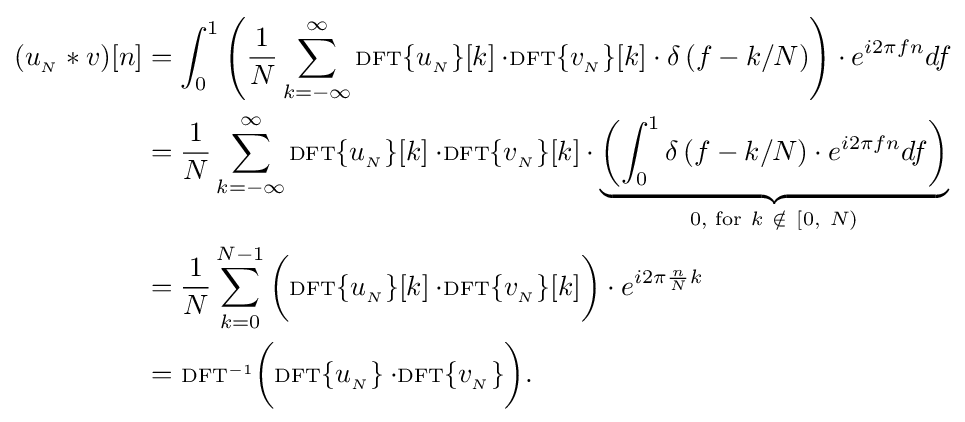
{\begin{aligned}(u_{_{N}}*v)[n]&=\int _{0}^{1}\left({\frac {1}{N}}\sum _{k=-\infty }^{\infty }\scriptstyle {\rm {DFT}}\displaystyle \{u_{_{N}}\}[k]\cdot \scriptstyle {\rm {DFT}}\displaystyle \{v_{_{N}}\}[k]\cdot \delta \left(f-k/N\right)\right)\cdot e^{i2\pi fn}df\\&={\frac {1}{N}}\sum _{k=-\infty }^{\infty }\scriptstyle {\rm {DFT}}\displaystyle \{u_{_{N}}\}[k]\cdot \scriptstyle {\rm {DFT}}\displaystyle \{v_{_{N}}\}[k]\cdot \underbrace {\left(\int _{0}^{1}\delta \left(f-k/N\right)\cdot e^{i2\pi fn}df\right)} _{{\text{0, for}}\ k\ \notin \ [0,\ N)}\\&={\frac {1}{N}}\sum _{k=0}^{N-1}{\bigg (}\scriptstyle {\rm {DFT}}\displaystyle \{u_{_{N}}\}[k]\cdot \scriptstyle {\rm {DFT}}\displaystyle \{v_{_{N}}\}[k]{\bigg )}\cdot e^{i2\pi {\frac {n}{N}}k}\\&=\ \scriptstyle {\rm {DFT}}^{-1}\displaystyle {\bigg (}\scriptstyle {\rm {DFT}}\displaystyle \{u_{_{N}}\}\cdot \scriptstyle {\rm {DFT}}\displaystyle \{v_{_{N}}\}{\bigg )}.\end{aligned}}